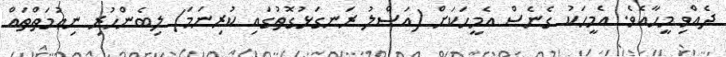
ދެއްވި މީހާއެވެ. އެމީހަކު ގެނެސް އެމީހަކަށް (އަޞްލު ރަނގަޅުގޮތުގައި ކުރިނަމަ) ލިބެންހުރި ނިޢުމަތްތައް